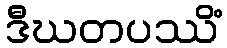
ဒီဃတပဿိံ